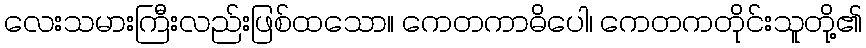
လေးသမားကြီးလည်းဖြစ်ထသော။ ကေတကာဓိပေါ၊ ကေတကတိုင်းသူတို့၏